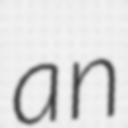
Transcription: an